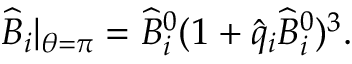
\widehat B _ { i } | _ { \theta = \pi } = { \widehat B } _ { i } ^ { 0 } ( 1 + \hat { q } _ { i } { \widehat B } _ { i } ^ { 0 } ) ^ { 3 } .